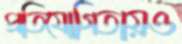
প্রতিযোগিতায়ও